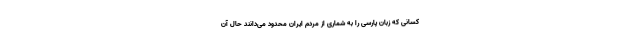
کسانی که زبان پارسی را به شماری از مردم ایران محدود می‌دانند حال آن